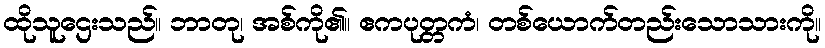
ထိုသူဌေးသည်။ ဘာတု၊ အစ်ကို၏။ ဧကပုတ္တကံ၊ တစ်ယောက်တည်းသောသားကို။